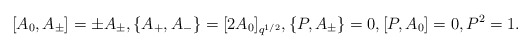
\begin{align*}[A_0,A_{\pm}]=\pm A_{\pm},\{A_{+},A_{-}\}=[2A_0]_{q^{1/2}}, \{P,A_{\pm}\}=0,[P,A_0]=0, P^2=1.\end{align*}